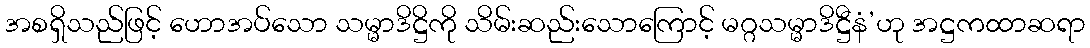
အစရှိသည်ဖြင့် ဟောအပ်သော သမ္မာဒိဋ္ဌိကို သိမ်းဆည်းသောကြောင့် မဂ္ဂသမ္မာဒိဋ္ဌီနံ’ဟု အဋ္ဌကထာဆရာ